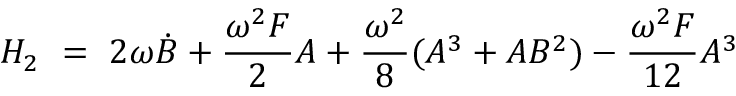
H _ { 2 } \ = \ 2 \omega \Dot { B } + \frac { \omega ^ { 2 } F } { 2 } A + \frac { \omega ^ { 2 } } { 8 } ( A ^ { 3 } + A B ^ { 2 } ) - \frac { \omega ^ { 2 } F } { 1 2 } A ^ { 3 }